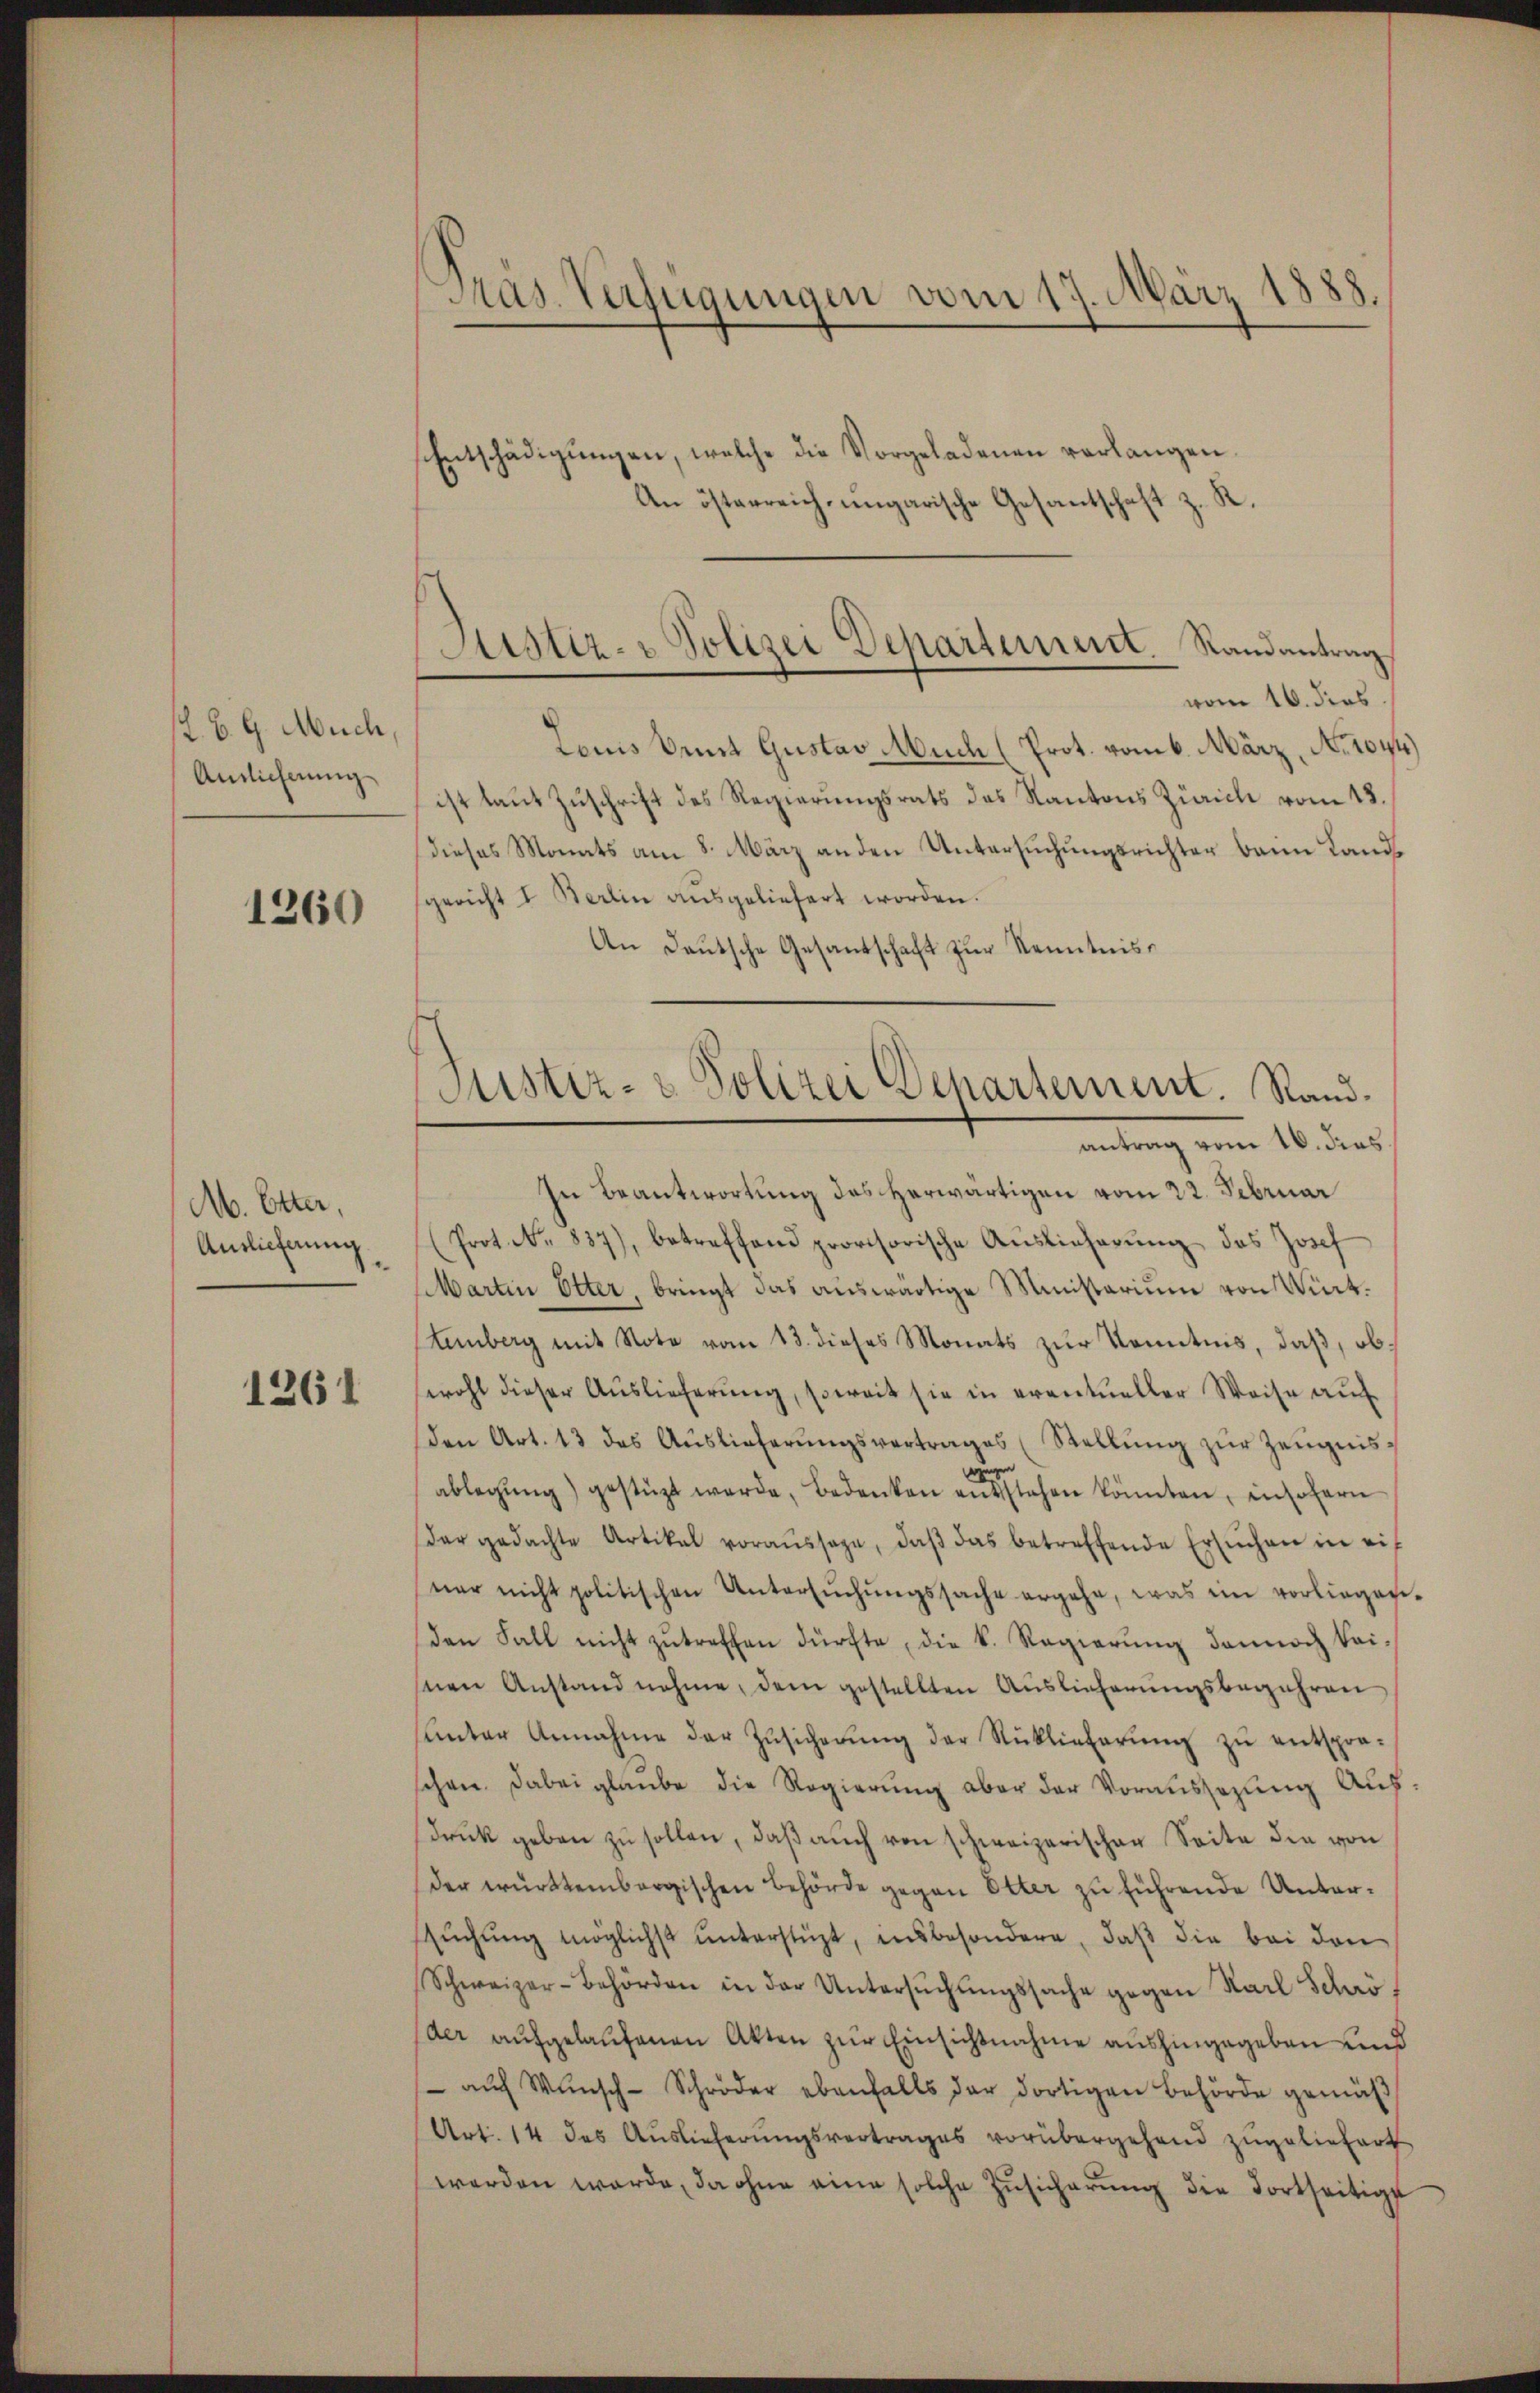
t. B. G. Much.
Antlicherung

1260

M. Etter,
Auslieferung

1261

Präs. Verfügungen vom 17. März 18

Justiz- & Polizei Departement. Randantrag
vom 16. dies

Justiz- & Polizei Departement. Randantrag vom 16. das

Entschädigŭngen, welche die Vorgeladenen verlangen.
An österreich ungarische Gesantschaft z. R.

Louis Omnt Gustav Auch (Prot. vom 6. März, No. 1044)
ist laut Zuschrift des Regierungsrats das Kantons Zürich vom 18.
dieses Monats am 8. März anden Untersuchungsrichter beim Landgericht I. Berlin aŭsgeliefert worden.
An Deutsche Gesandschaft zur Kenntniss
In Beantwortung des herwärtigen vom 22. Februar
(Prot. No. 837), betreffend provisorische Auslieferŭng des Josef
Martin Otter, bringt das auswärtige Ministerium von Würt¬
Annberg mit Note vom 13. dieses Monats zur Kenntnis, daß, obswohl dieser Aŭslieferŭng, soweit sie in eventueller Weise aŭf
den Art. 13 das Aŭslieferŭngsvertrages (Stellŭng zŭr Zeŭgnis-
ablegung) gestüzt werde, bedenken ansehen könnten, insofern
dar gedachte Artikal voraŭssage, daβ das betreffende Ersuchen in eif
ner nicht politischen Untersŭchŭngssache ergehe, was ein vorliegen-
den Fall nicht zutreffen dürfte, die k. Regierung dennoch kei¬
Inen Anstand nehme, dem gestellten Auslieferungsbegehren
unter Annahme der Zŭsicherung der Rücklieferung zu entspraschen. Dabei glaube die Regierŭng aber der Voraussezung Auf¬
Druk geben zu sollen, daß auch von schweizerischen Seite die von
Der württembergischen Behörde gegen Otter zu führende Untersŭchŭng möglichst ŭnterstüzt, insbesondere, daβ die bei den
Schweizer-Behörden in der Untersŭchŭngssache gegen Karl Schrö¬
(der aufgelaufenen Akten zur Einsichtnahme aushingegeben und
 auf Wunsch - Schröder ebenfalls der dortigen Behörde gemäß
Art. 14 des Auslieferungsvertrages vorübergehend zugeliefert
werden werde, da ohne eine solche Zŭsicherŭng die Fortseitige